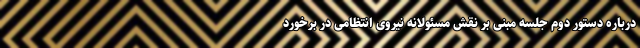
درباره دستور دوم جلسه مبنی بر نقش مسئولانه نیروی انتظامی در برخورد